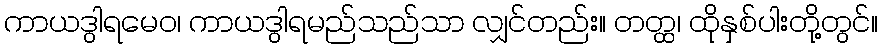
ကာယဒွါရမေဝ၊ ကာယဒွါရမည်သည်သာ လျှင်တည်း။ တတ္ထ၊ ထိုနှစ်ပါးတို့တွင်။